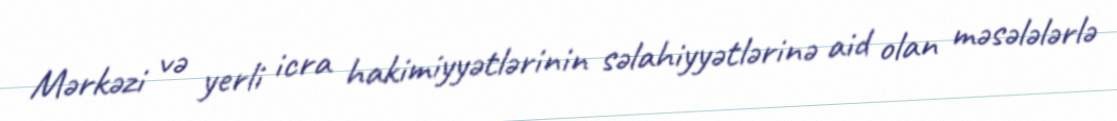
Mərkəzi və yerli icra hakimiyyətlərinin səlahiyyətlərinə aid olan məsələlərlə